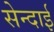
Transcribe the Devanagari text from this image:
सेन्दाई